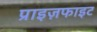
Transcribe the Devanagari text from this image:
प्राइज़फाइट